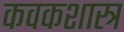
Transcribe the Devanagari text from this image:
कवकशास्त्र